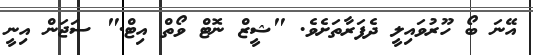
އޭނަ ބޯ ހޫރުވައިލީ ދެފަރާތަށެވެ. "ޝީޒް ނޮޓް ވޯތް އިޓް." ސަޖަން އިނީ